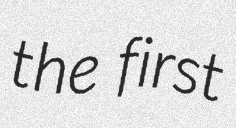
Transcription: the first